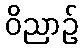
ဝိညာဉ်